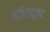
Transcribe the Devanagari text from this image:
प्रक्रियाशून्‍य